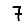
Digit: 7